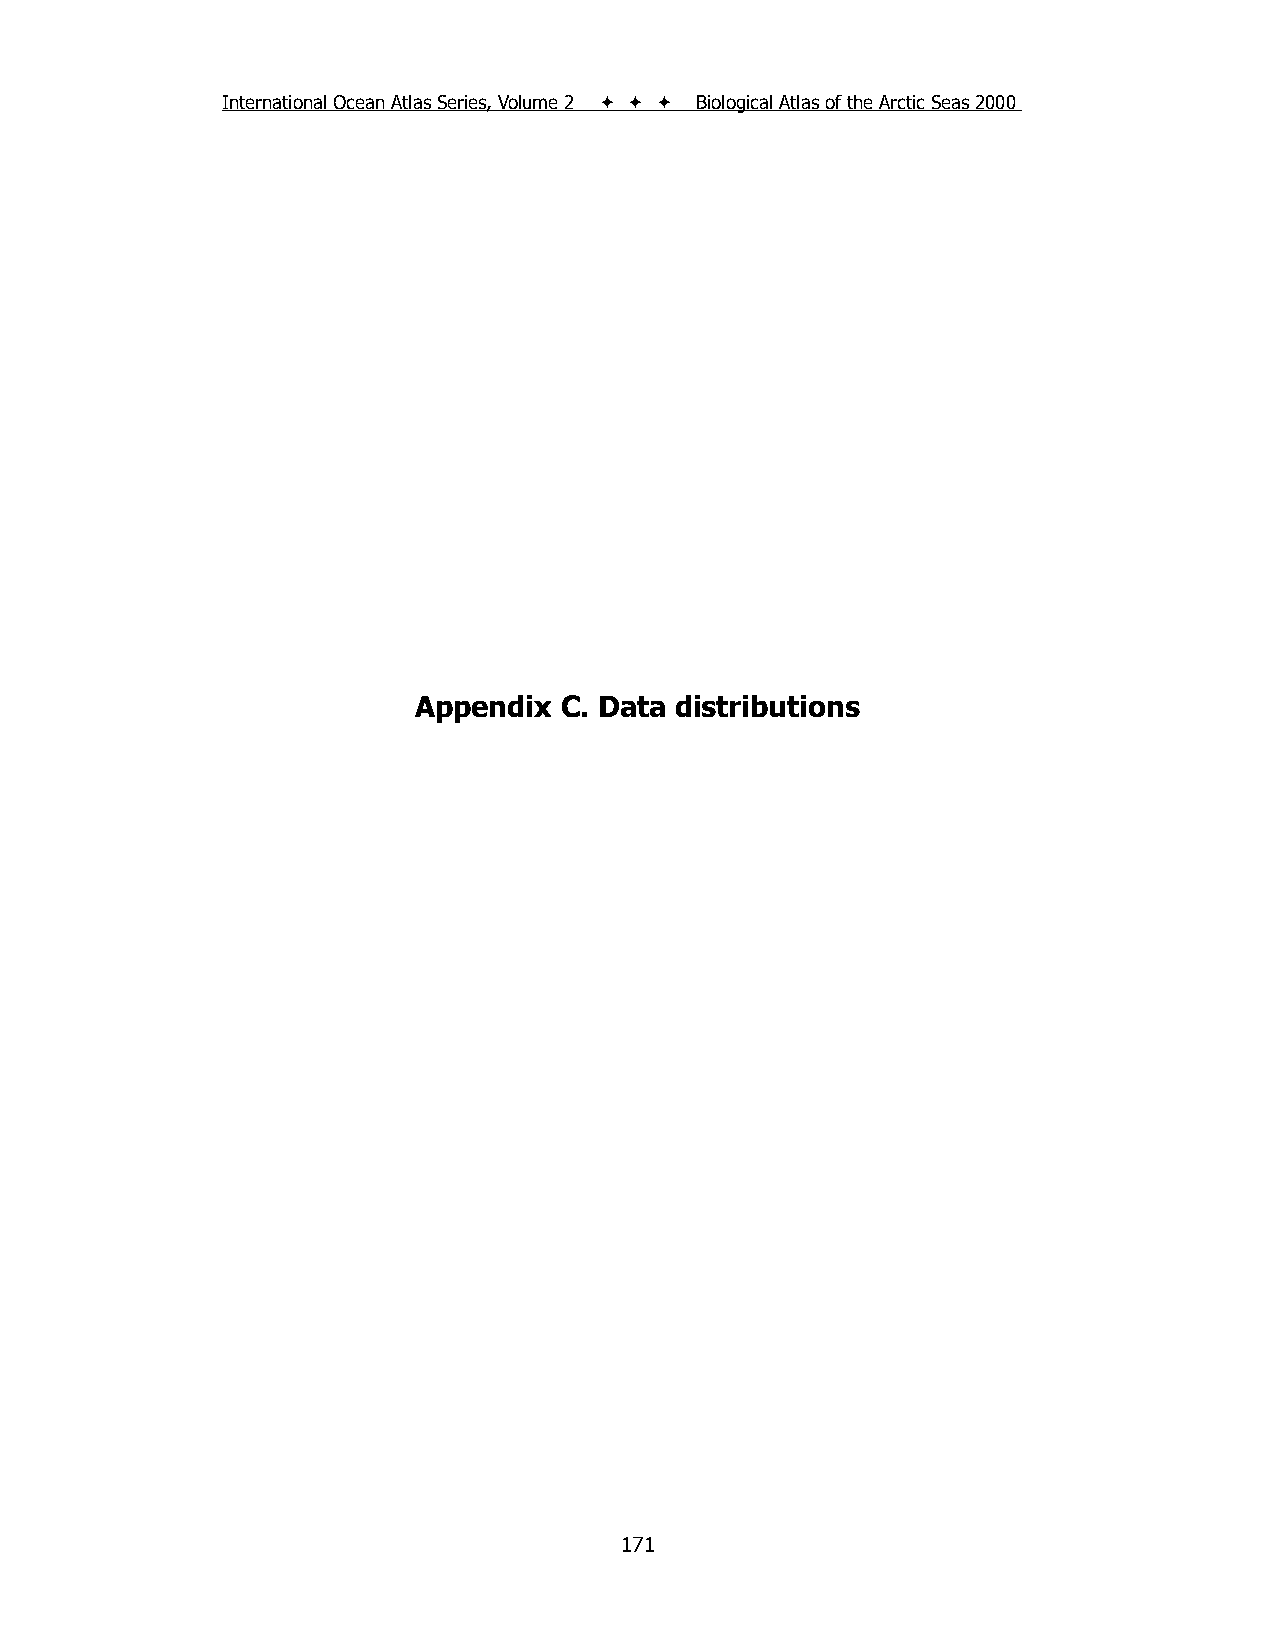
International Ocean Atlas Series, Volume 2    Biological Atlas of the Arctic Seas 2000
 Appendix  C. Data distributions
 171